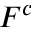
F ^ { c }